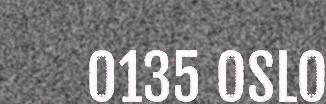
0135 OSLO